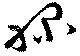
禄